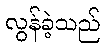
လွန်ခဲ့သည်